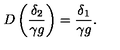
D \left( \frac { \delta _ { 2 } } { \gamma g } \right) = \frac { \delta _ { 1 } } { \gamma g } .